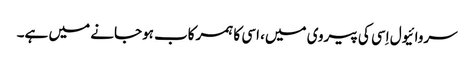
سروائیول اِسی کی پیروی میں، اسی کا ہمرکاب ہوجانے میں ہے۔